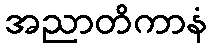
အညာတိကာနံ